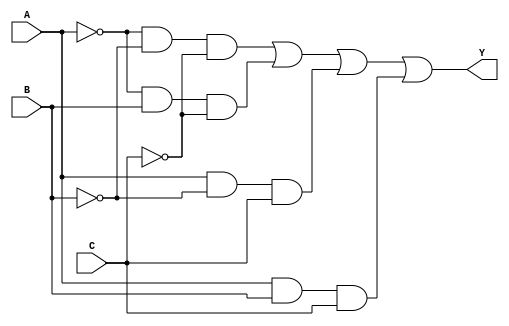
module combinational_logic (
    input wire A,  // Input A
    input wire B,  // Input B
    input wire C,  // Input C
    output wire Y  // Output Y
);

// Define the essential prime implicants
// For example, let's say the essential prime implicants are:
// 1. A'B'C' (minterm 0)
// 2. A'BC'  (minterm 2)
// 3. AB'C   (minterm 5)
// 4. ABC    (minterm 7)

// Implementing the logic for the output Y
assign Y = (~A & ~B & ~C) | (~A & B & ~C) | (A & ~B & C) | (A & B & C);

endmodule